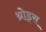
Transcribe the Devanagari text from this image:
थ्रोड्स